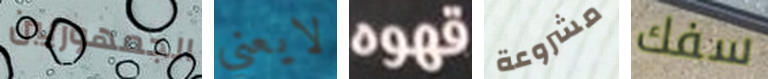
الجمهوريين لايعني قهوه مشروعة سفك